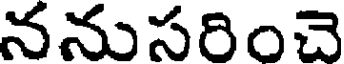
ననుసరించె